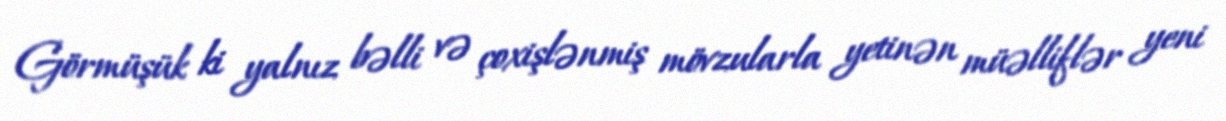
Görmüşük ki yalnız bəlli və çoxişlənmiş mövzularla yetinən müəlliflər yeni